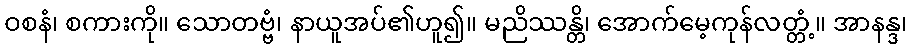
ဝစနံ၊ စကားကို။ သောတဗ္ဗံ၊ နာယူအပ်၏ဟူ၍။ မညိဿန္တိ၊ အောက်မေ့ကုန်လတ္တံ့။ အာနန္ဒ၊